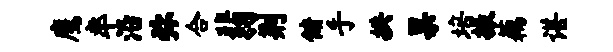
鹰率沿弥合翡荆储手拱果培振藕谌